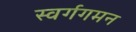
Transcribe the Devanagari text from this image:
स्वर्गगमन